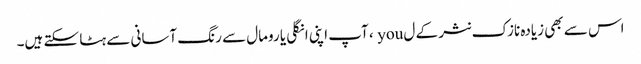
اس سے بھی زیادہ نازک نثر کے ل you ، آپ اپنی انگلی یا رومال سے رنگ آسانی سے ہٹا سکتے ہیں۔